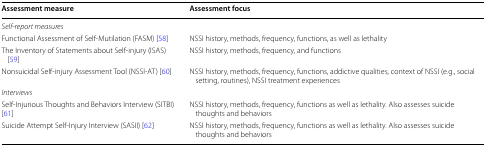
<table><thead><tr><td><b>Assessment measure</b></td><td><b>Assessment focus</b></td></tr></thead><tbody><tr><td colspan="2"><i>Self-report measures</i></td></tr><tr><td>Functional Assessment of Self-Mutilation (FASM) [58]</td><td>NSSI history, methods, frequency, functions, as well as lethality</td></tr><tr><td>The Inventory of Statements about Self-injury (ISAS) [59]</td><td>NSSI history, methods, frequency, and functions</td></tr><tr><td>Nonsuicidal Self-injury Assessment Tool (NSSI-AT) [60]</td><td>NSSI history, methods, frequency, functions, addictive qualities, context of NSSI (e.g., social setting, routines), NSSI treatment experiences</td></tr><tr><td colspan="2"><i>Interviews</i></td></tr><tr><td>Self-Injurious Thoughts and Behaviors Interview (SITBI)[61]</td><td>NSSI history, methods, frequency, functions as well as lethality. Also assesses suicide thoughts and behaviors</td></tr><tr><td>Suicide Attempt Self-Injury Interview (SASII) [62]</td><td>NSSI history, methods, frequency, functions as well as lethality. Also assesses suicide thoughts and behaviors</td></tr></tbody></table>